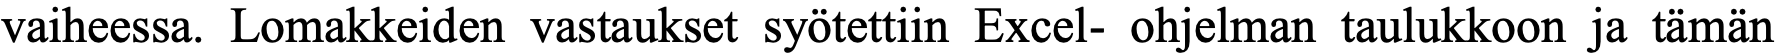
vaiheessa. Lomakkeiden vastaukset syötettiin Excel- ohjelman taulukkoon ja tämän